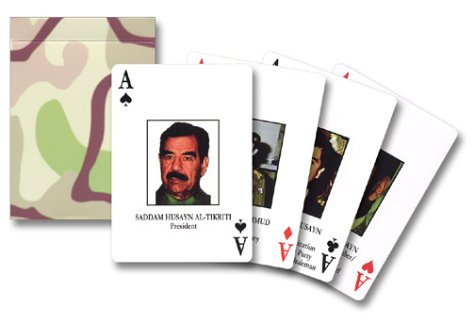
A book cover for Iraq's Most Wanted Playing Cards (Research Division Report, #30); Humor & Entertainment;